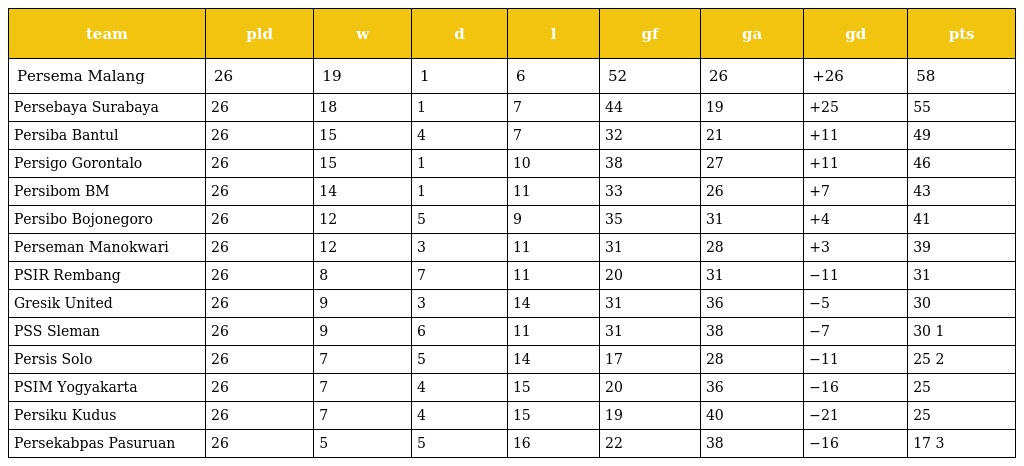
| team | pld | w | d | l | gf | ga | gd | pts |
 | --- | --- | --- | --- | --- | --- | --- | --- | --- |
 | Persema Malang | 26 | 19 | 1 | 6 | 52 | 26 | +26 | 58 |
 | Persebaya Surabaya | 26 | 18 | 1 | 7 | 44 | 19 | +25 | 55 |
 | Persiba Bantul | 26 | 15 | 4 | 7 | 32 | 21 | +11 | 49 |
 | Persigo Gorontalo | 26 | 15 | 1 | 10 | 38 | 27 | +11 | 46 |
 | Persibom BM | 26 | 14 | 1 | 11 | 33 | 26 | +7 | 43 |
 | Persibo Bojonegoro | 26 | 12 | 5 | 9 | 35 | 31 | +4 | 41 |
 | Perseman Manokwari | 26 | 12 | 3 | 11 | 31 | 28 | +3 | 39 |
 | PSIR Rembang | 26 | 8 | 7 | 11 | 20 | 31 | −11 | 31 |
 | Gresik United | 26 | 9 | 3 | 14 | 31 | 36 | −5 | 30 |
 | PSS Sleman | 26 | 9 | 6 | 11 | 31 | 38 | −7 | 30 1 |
 | Persis Solo | 26 | 7 | 5 | 14 | 17 | 28 | −11 | 25 2 |
 | PSIM Yogyakarta | 26 | 7 | 4 | 15 | 20 | 36 | −16 | 25 |
 | Persiku Kudus | 26 | 7 | 4 | 15 | 19 | 40 | −21 | 25 |
 | Persekabpas Pasuruan | 26 | 5 | 5 | 16 | 22 | 38 | −16 | 17 3 |